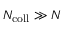
N _ { \mathrm { c o l l } } \gg N